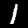
Label: 1